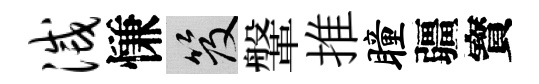
灭慊笈鞶推瞳疆寳